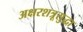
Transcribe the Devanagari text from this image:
अक्षरशत्रूसुद्धा